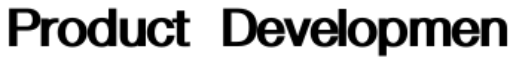
Product Developmen